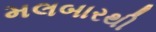
મલબારથી